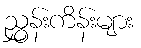
ညွှန်းကိန်းများ